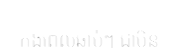
ក្នុងពេលឆាប់ៗ ជាមិន